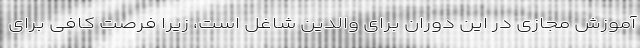
آموزش مجازی در این دوران برای والدین شاغل است، زیرا فرصت کافی برای